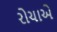
રોચાએ